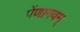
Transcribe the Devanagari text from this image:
पेंणागवम्